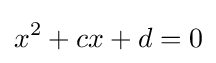
x^{2}+cx+d=0